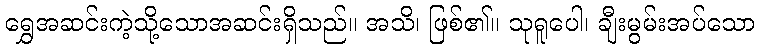
ရွှေအဆင်းကဲ့သို့သောအဆင်းရှိသည်။ အသိ၊ ဖြစ်၏။ သုရူပေါ၊ ချီးမွမ်းအပ်သော